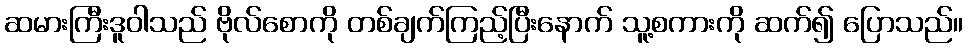
ဆမားကြီးဒူဝါသည် ဗိုလ်စောကို တစ်ချက်ကြည့်ပြီးနောက် သူ့စကားကို ဆက်၍ ပြောသည်။